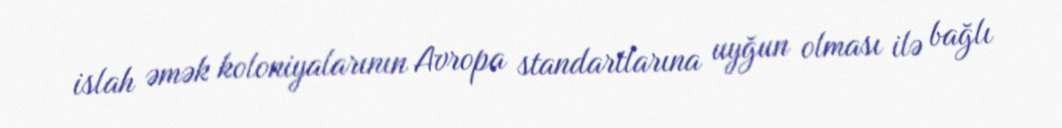
islah əmək koloniyalarının Avropa standartlarına uyğun olması ilə bağlı